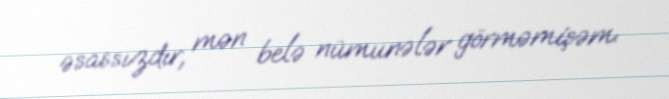
əsassızdır, mən belə nümunələr görməmişəm.